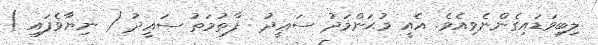
ލިބިވަޑައިގެންނެވިއެވެ. އެއީ މުޙަންމަދު ސަޢީދު  ފާތުމަތު ސަޢީދު ( ނިޔާވެފައި )